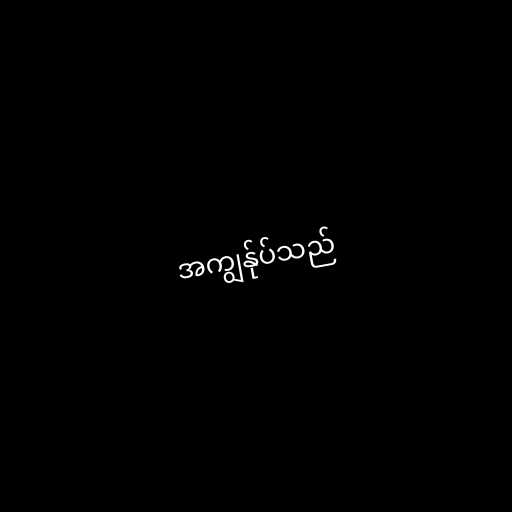
အကျွန်ုပ်သည်